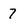
Character: 7